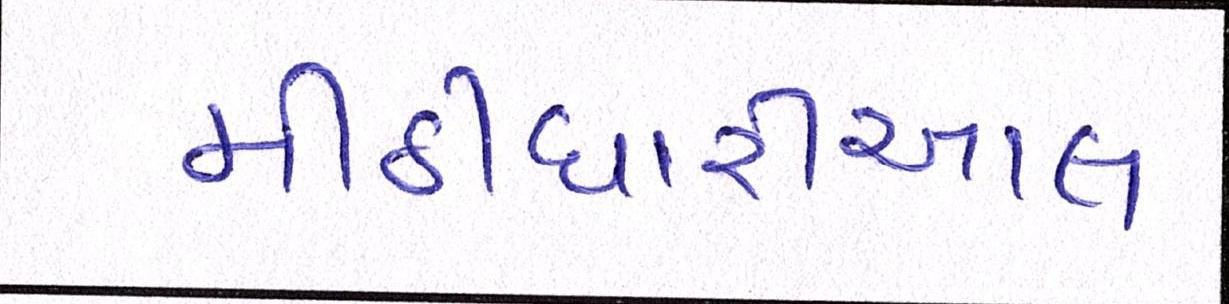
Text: મીઠીઘારીઆલ